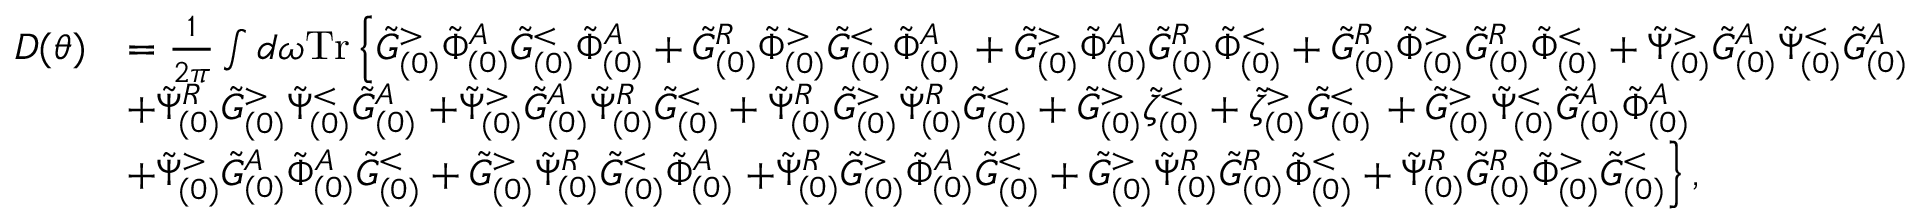
\begin{array} { r l } { D ( \theta ) } & { = \frac { 1 } { 2 \pi } \int d \omega \mathrm { T r } \left\{ \tilde { G } _ { ( 0 ) } ^ { > } \tilde { \Phi } _ { ( 0 ) } ^ { A } \tilde { G } _ { ( 0 ) } ^ { < } \tilde { \Phi } _ { ( 0 ) } ^ { A } + \tilde { G } _ { ( 0 ) } ^ { R } \tilde { \Phi } _ { ( 0 ) } ^ { > } \tilde { G } _ { ( 0 ) } ^ { < } \tilde { \Phi } _ { ( 0 ) } ^ { A } \right. + \tilde { G } _ { ( 0 ) } ^ { > } \tilde { \Phi } _ { ( 0 ) } ^ { A } \tilde { G } _ { ( 0 ) } ^ { R } \tilde { \Phi } _ { ( 0 ) } ^ { < } + \tilde { G } _ { ( 0 ) } ^ { R } \tilde { \Phi } _ { ( 0 ) } ^ { > } \tilde { G } _ { ( 0 ) } ^ { R } \tilde { \Phi } _ { ( 0 ) } ^ { < } + \tilde { \Psi } _ { ( 0 ) } ^ { > } \tilde { G } _ { ( 0 ) } ^ { A } \tilde { \Psi } _ { ( 0 ) } ^ { < } \tilde { G } _ { ( 0 ) } ^ { A } } \\ & { + \tilde { \Psi } _ { ( 0 ) } ^ { R } \tilde { G } _ { ( 0 ) } ^ { > } \tilde { \Psi } _ { ( 0 ) } ^ { < } \tilde { G } _ { ( 0 ) } ^ { A } \left. + \tilde { \Psi } _ { ( 0 ) } ^ { > } \tilde { G } _ { ( 0 ) } ^ { A } \tilde { \Psi } _ { ( 0 ) } ^ { R } \tilde { G } _ { ( 0 ) } ^ { < } + \tilde { \Psi } _ { ( 0 ) } ^ { R } \tilde { G } _ { ( 0 ) } ^ { > } \tilde { \Psi } _ { ( 0 ) } ^ { R } \tilde { G } _ { ( 0 ) } ^ { < } + \tilde { G } _ { ( 0 ) } ^ { > } \tilde { \zeta } _ { ( 0 ) } ^ { < } + \tilde { \zeta } _ { ( 0 ) } ^ { > } \tilde { G } _ { ( 0 ) } ^ { < } \right. + \tilde { G } _ { ( 0 ) } ^ { > } \tilde { \Psi } _ { ( 0 ) } ^ { < } \tilde { G } _ { ( 0 ) } ^ { A } \tilde { \Phi } _ { ( 0 ) } ^ { A } } \\ & { + \tilde { \Psi } _ { ( 0 ) } ^ { > } \tilde { G } _ { ( 0 ) } ^ { A } \tilde { \Phi } _ { ( 0 ) } ^ { A } \tilde { G } _ { ( 0 ) } ^ { < } + \tilde { G } _ { ( 0 ) } ^ { > } \tilde { \Psi } _ { ( 0 ) } ^ { R } \tilde { G } _ { ( 0 ) } ^ { < } \tilde { \Phi } _ { ( 0 ) } ^ { A } \left. + \tilde { \Psi } _ { ( 0 ) } ^ { R } \tilde { G } _ { ( 0 ) } ^ { > } \tilde { \Phi } _ { ( 0 ) } ^ { A } \tilde { G } _ { ( 0 ) } ^ { < } + \tilde { G } _ { ( 0 ) } ^ { > } \tilde { \Psi } _ { ( 0 ) } ^ { R } \tilde { G } _ { ( 0 ) } ^ { R } \tilde { \Phi } _ { ( 0 ) } ^ { < } + \tilde { \Psi } _ { ( 0 ) } ^ { R } \tilde { G } _ { ( 0 ) } ^ { R } \tilde { \Phi } _ { ( 0 ) } ^ { > } \tilde { G } _ { ( 0 ) } ^ { < } \right\} , } \end{array}